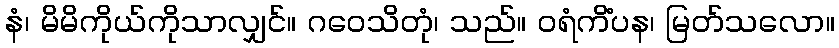
နံ၊ မိမိကိုယ်ကိုသာလျှင်။ ဂဝေသိတုံ၊ သည်။ ဝရံကိံပန၊ မြတ်သလော။